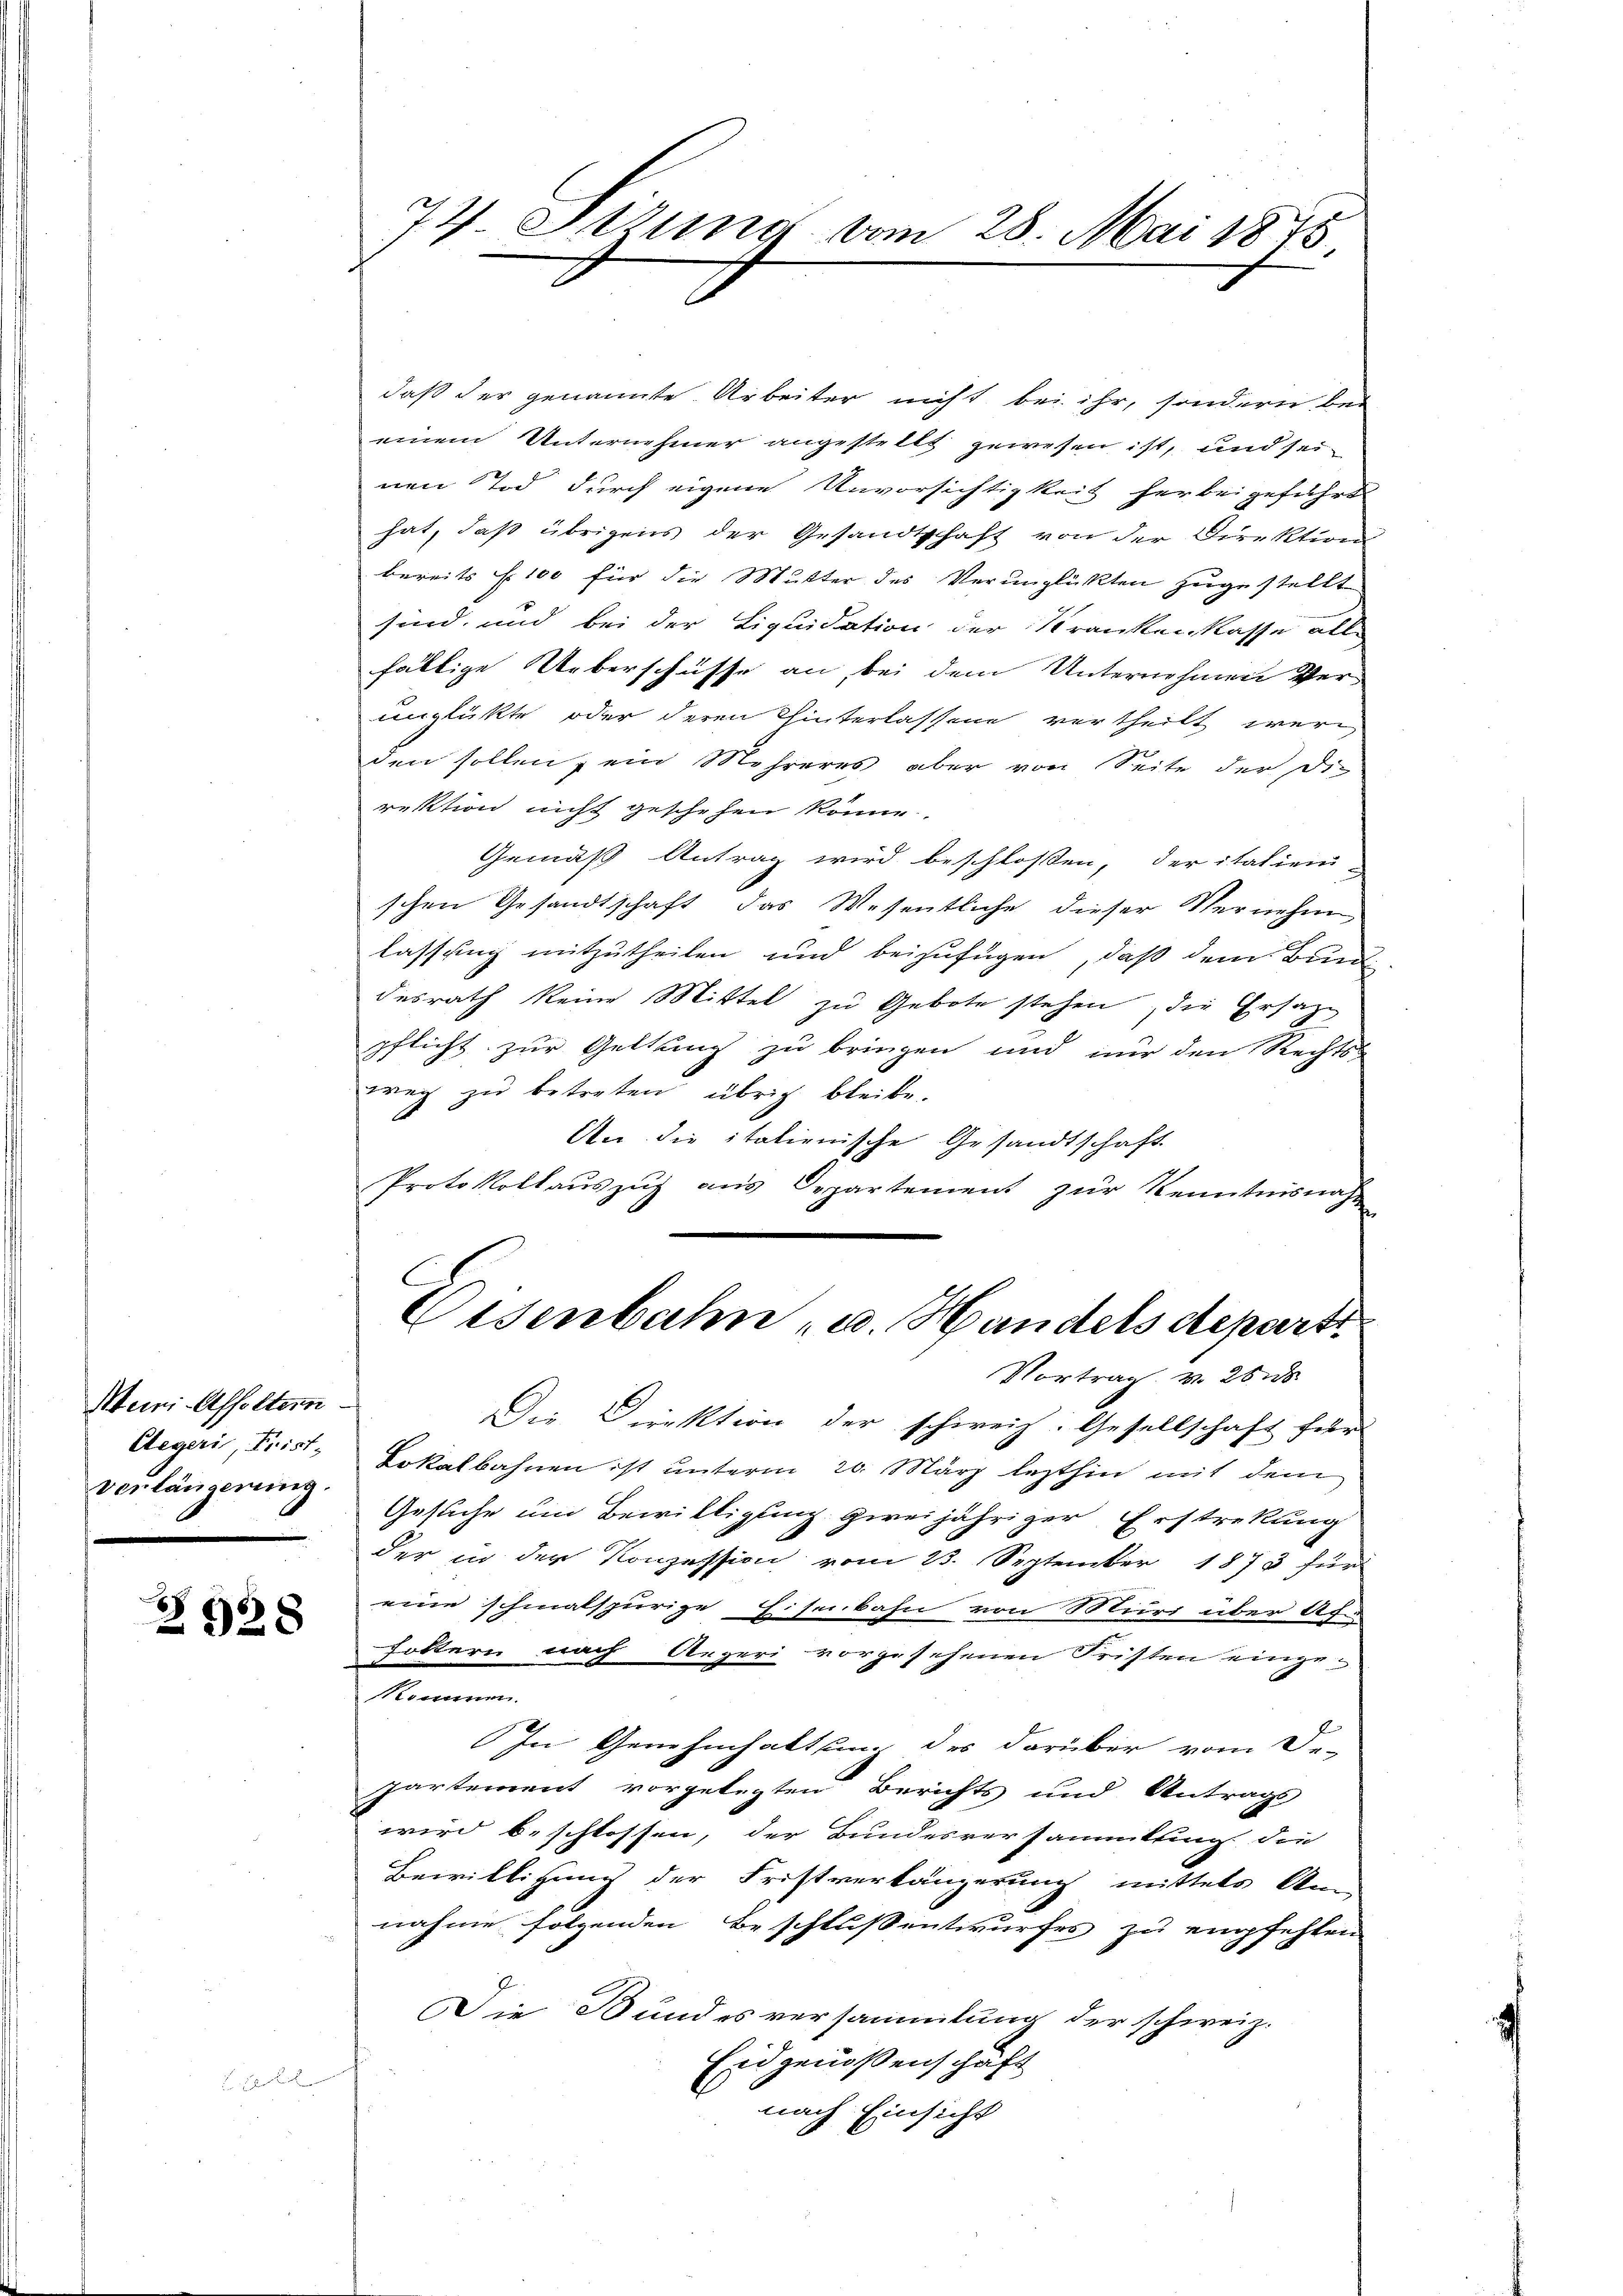
Meiri-Affoltern
Aegeri, Frist-
verlängerung.

.
328

.

daß der genannte Arbeiter nicht bei ihr, sondern bei
einem Unternehmer angestellt gewesen ist, und seinen Tod durch eigene Unvorsichtigkeit herbeigeführt
hat, daß übrigens der Gesandtschaft von der Direktion
bereits f. 100 für die Mutter des Verunglükten zugestellt
sind, und bei der Liquidation der Krankenkasse alle
fällige Ueberschüsse an, bei dem Unternehmen Verunglükte oder deren Hinterlassene vertheilt werden sollen, ein Mehreres aber von Seite der die
rektion nicht geschehen könne.
Gemäß Antrag wird beschlossen, der italien-
schen Gesandtschaft, das Wesentliche dieser Vernehm
lassung mitzutheilen und beizufügen, daß dem Bund
desrath keine Mittel zu Gebote stehen, die Ersatze
pflicht zur Geltung zu bringen und nur den Rechts-
weg zu betreten übrig bleibe.
An die italienische Gesandtschaft
Protokollauszug aus Departement zŭr Kenntnisnah

77 Ottung vom 28. Mai 1875.

Die Direktion der schweiz. Gesellschaft führ
Lokalbahnen ist unterm 20. März lezthin mit dem
Gesuche um Bewilligung zweijähriger Erstrekung
der in der Konzession vom 13. September 1873 für
eine schmalspurige Eisenbahn von Muri über Af.
foltern nach Aegeri vorgesehenen Fristen einge¬
Komm
In Genehmhaltung des darüber vom De-
partement vorgelegten Berichts und Antrags
wird beschlossen, der Bundesversammlung die
Bewilligung der Fristverlängerung mittels Ann
nahme folgenden Beschluß entwurfes zu empfehlen
Die Bundes versammlung der schweiz.
Eidgenoßenschaft
nach Einsicht

Osenbahn u. Handels departi
Vortrag v. 26 d